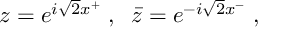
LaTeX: z = e ^ { i \sqrt 2 x ^ { + } } \; , \; \; \bar { z } = e ^ { - i \sqrt 2 x ^ { - } } \; ,